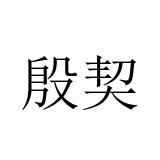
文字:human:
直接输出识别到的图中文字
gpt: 殷契